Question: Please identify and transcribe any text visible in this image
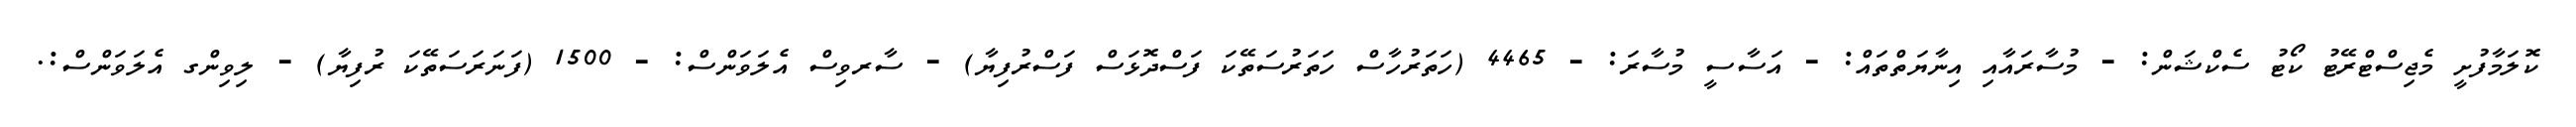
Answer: ކޮލަމާފުށީ މެޖިސްޓްރޭޓު ކޯޓު ސެކްޝަން: - މުސާރައާއި އިނާޔަތްތައް: - އަސާސީ މުސާރަ: - 4465 (ހަތަރުހާސް ހަތަރުސަތޭކަ ފަސްދޮޅަސް ފަސްރުފިޔާ) - ސާރވިސް އެލަވަންސް: - 1500 (ފަނަރަސަތޭކަ ރުފިޔާ) - ލިވިންގ އެލަވަންސް:.